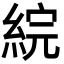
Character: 綄